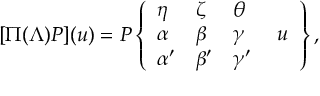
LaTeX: [ \Pi ( \Lambda ) P ] ( u ) = P \left\{ { \begin{array} { l l l l } { \eta } & { \zeta } & { \theta } & { } \\ { \alpha } & { \beta } & { \gamma } & { \; u } \\ { \alpha ^ { \prime } } & { \beta ^ { \prime } } & { \gamma ^ { \prime } } & { } \end{array} } \right\} ,